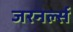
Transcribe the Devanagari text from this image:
जरनर्ल्स